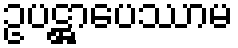
ဥပဋ္ဌာပေဿာမ